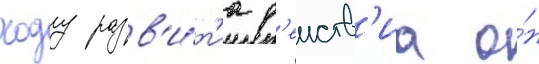
ходу разв'и́т'иа д'еиств'иа о́н